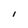
Character: I